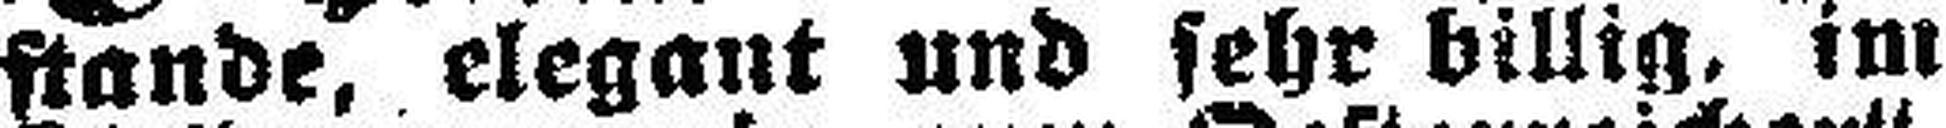
stande, elegant und sehr billig, im